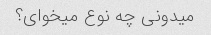
میدونی چه نوع میخوای؟